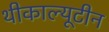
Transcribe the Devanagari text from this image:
थीकाल्यूटीन